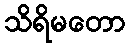
သိရိမတော